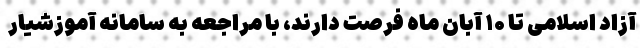
آزاد اسلامی تا ۱۰ آبان ماه فرصت دارند، با مراجعه به سامانه آموزشیار